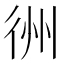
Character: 𢓟